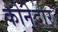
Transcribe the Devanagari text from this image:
कोनेदार